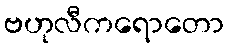
ဗဟုလီကရောတော